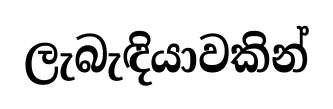
ලැබැඳියාවකින්